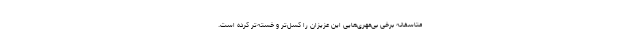
متاسفانه برخی بی‌مهری‌هایی این عزیزان را کسل‌تر و خسته‌تر کرده است.